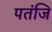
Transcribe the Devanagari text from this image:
पतंजि